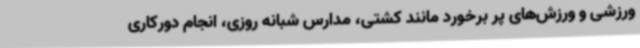
ورزشی و ورزش‌های پر برخورد مانند کشتی، مدارس شبانه روزی، انجام دورکاری